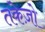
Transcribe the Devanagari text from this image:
तकेज़ो